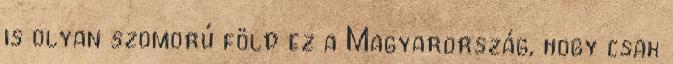
is olyan szomorú föld ez a Magyarország, hogy csak